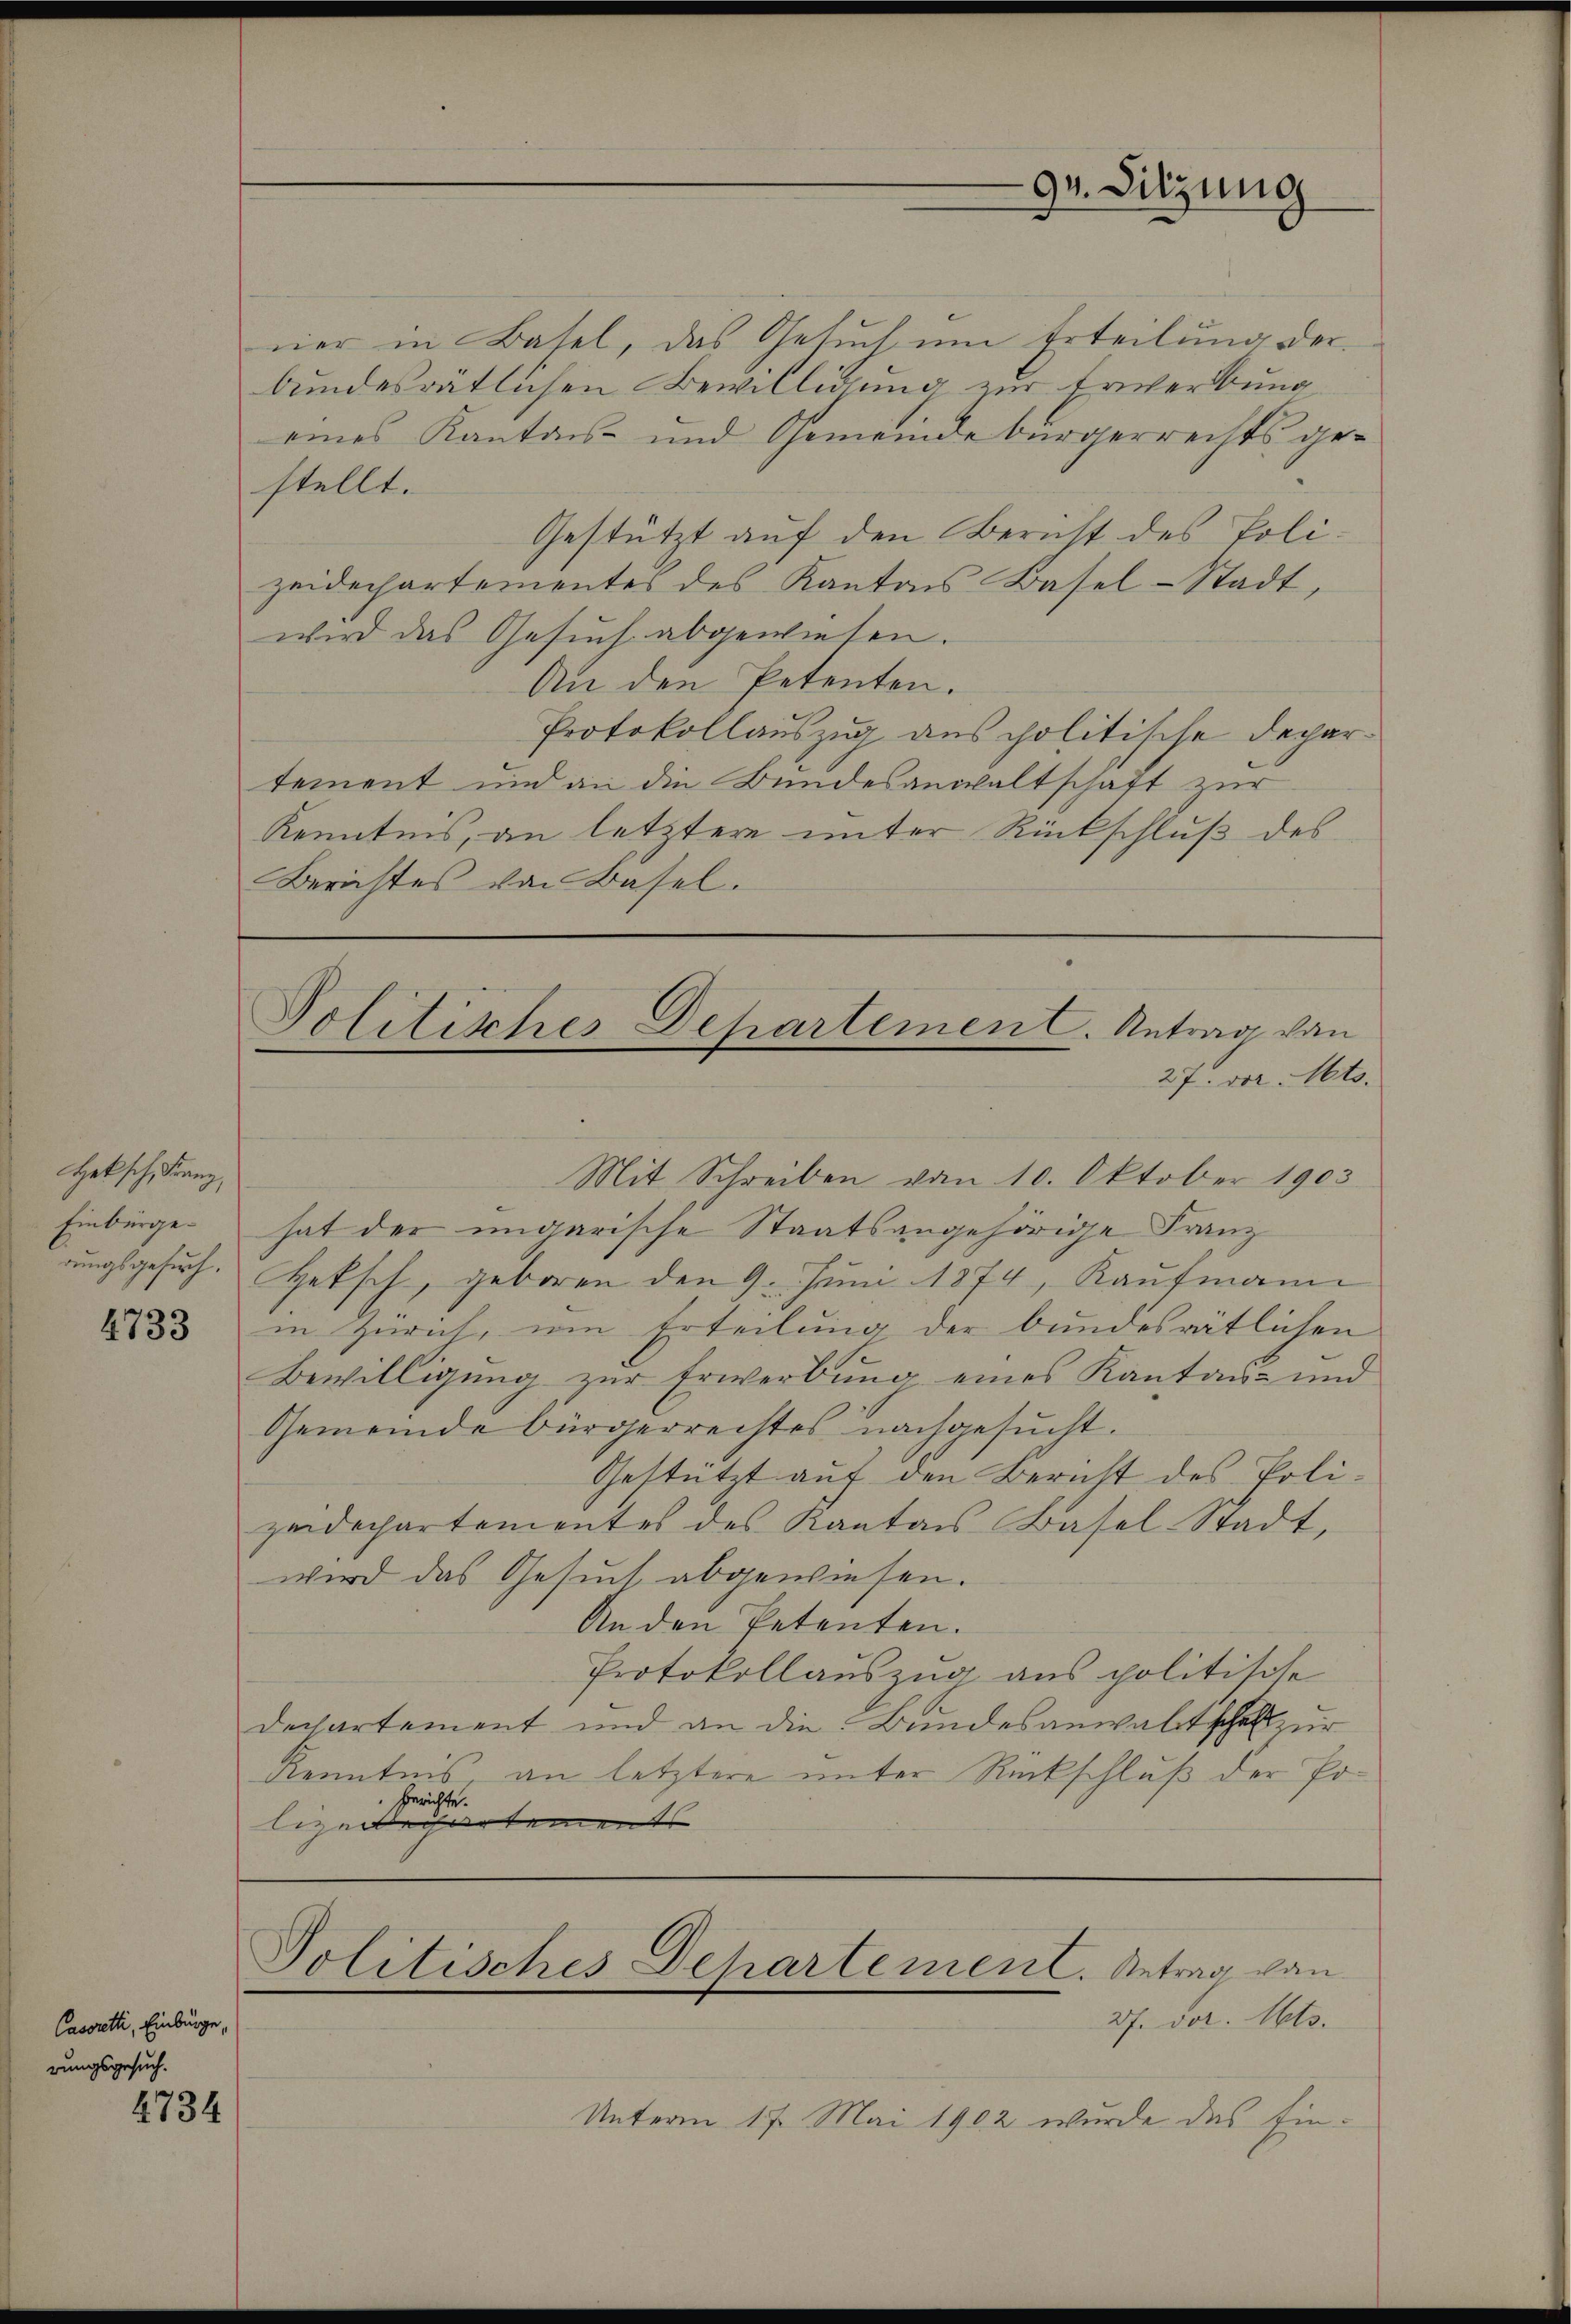
Hetsch, Franz,
Einbürgerungsgesuch.

4733

Casoretti, Einbürge,
rungsgesuch.

4734

ner in Basel, das Gesuch um Erteilung der
bundesrätlichen Bewilligung zur Erwerbung
eines Kantons- und Gemeindebürgerrechts gestellt.
Gestützt auf den Bericht des Polizeidechartementes des Kantons Basel-Stadt,
wird das Gesuch abgewiesen.
An den Petenten.
Protokollauszug aus politische Departement und an die Bundesanwaltschaft zur
Kenntnis, an letztere unter Rückschluß des
Berichtes von Basel.

Mit Schreiben vom 10. Oktober 1903.
hat der ungarische Staatsangehörige Franz
Hetsch, geboren den 9. Juni 1874, Kaufmann
in Zürich, um Erteilung der bundesrätlichen
Bewilligung zur Erwerbung eines Kantons- und
Gemeinde bürgerrechtes nachgesucht.
Gestützt auf den Bericht des Poli-
zeidechartementes des Kantons Basel-Stadt,
wird das Gesuch abgewiesen.
An den Petenten.
Protokollauszug aus politische
dechartement und an die Bundesanwaltschaft zur
Kenntnis an letztere unter Rückschluß der Po¬
Gerichte.
ligerechertements |

Unterm 17. Mai 1902 wurde das Ein¬

94. Sitzung

Politisches Departemen C. Antrag von
27. vor. Mts.

Politisches Departement. Antrag von
27. vor. Mts.